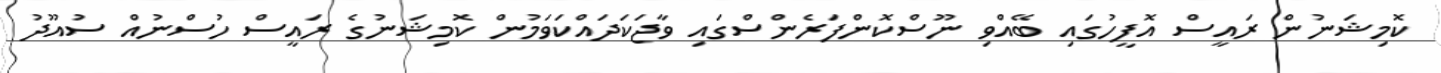
ކޮމިޝަނުން ރައީސް އޮފީހުގައި ބޭއްވި ނޫސްކޮންފަރެންސްގައި ވާޖަކަދައްކަވަމުން ކޮމިޝަނުގެ ރައީސް ހުސްނުއް ސުއޫދު